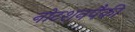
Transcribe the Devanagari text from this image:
नोटशनपैकी